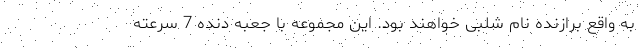
به واقع برازنده نام شلبی خواهند بود. این مجموعه با جعبه دنده 7 سرعته